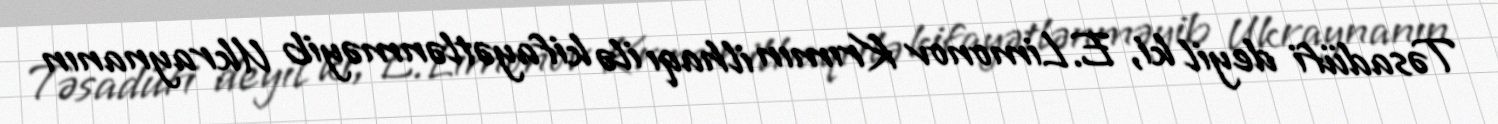
Təsadüfi deyil ki, E.Limonov Krımın ilhaqı ilə kifayətlənməyib Ukraynanın